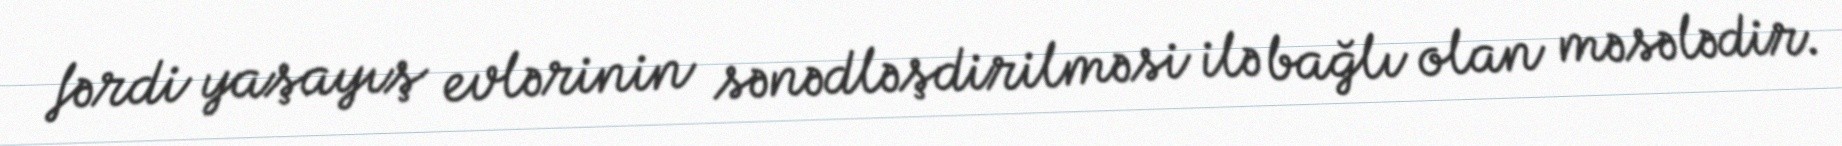
fərdi yaşayış evlərinin sənədləşdirilməsi ilə bağlı olan məsələdir.